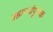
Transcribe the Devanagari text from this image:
ब्रह्मचर्यपूर्वक